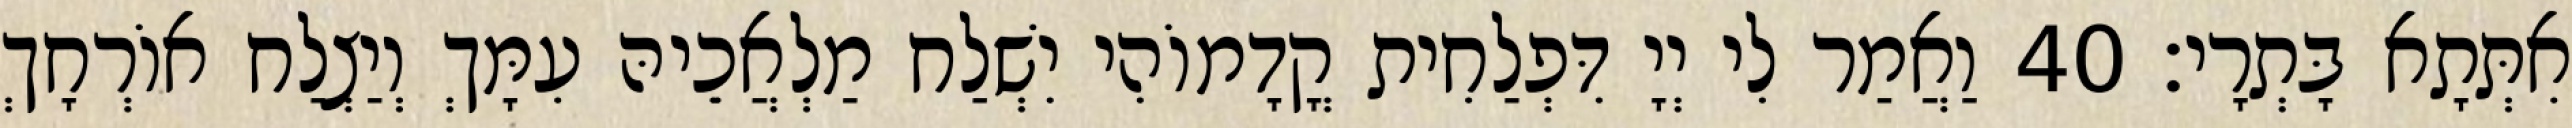
אִתְּתָא בָּתְרָי׃ 40 וַאֲמַר לִי יְיָ דִּפְלַחִית קֳדָמוֹהִי יִשְׁלַח מַלְאֲכֵיהּ עִמָּךְ וְיַצְלַח אוֹרְחָךְ